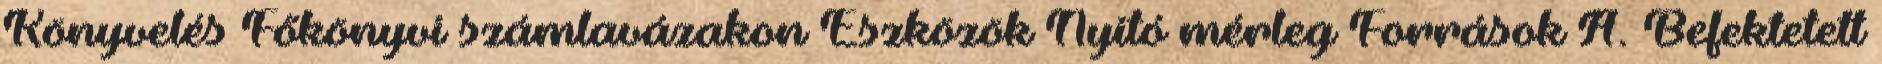
Könyvelés Főkönyvi számlavázakon Eszközök Nyitó mérleg Források A. Befektetett